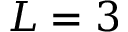
L = 3